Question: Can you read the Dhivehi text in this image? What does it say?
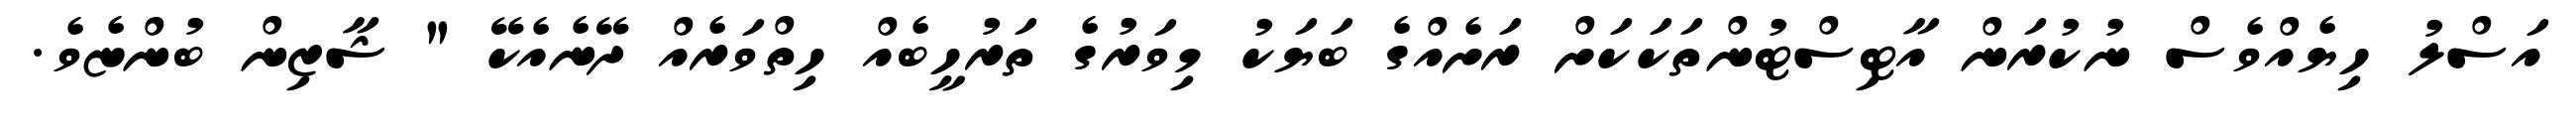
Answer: އަސްލު ހިޔެއްވެސް ނުކުރަން އާޓިސްޓުންތަކަކަށް ރަށެއްގެ ބަޔަކު މިވަރުގެ ތަރުހީބެއް ހިތްވަރެއް ދޭނެއެކޭ " ޝާޒިން ބުންޏެވެ.